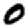
Digit: 0